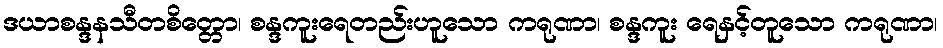
ဒယာစန္ဒနသီတစိတ္တော၊ စန္ဒကူးရေတည်းဟူသော ကရုဏာ၊ စန္ဒကူး ရေနှင့်တူသော ကရုဏာ၊